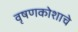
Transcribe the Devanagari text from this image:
वृषणकोशाचे